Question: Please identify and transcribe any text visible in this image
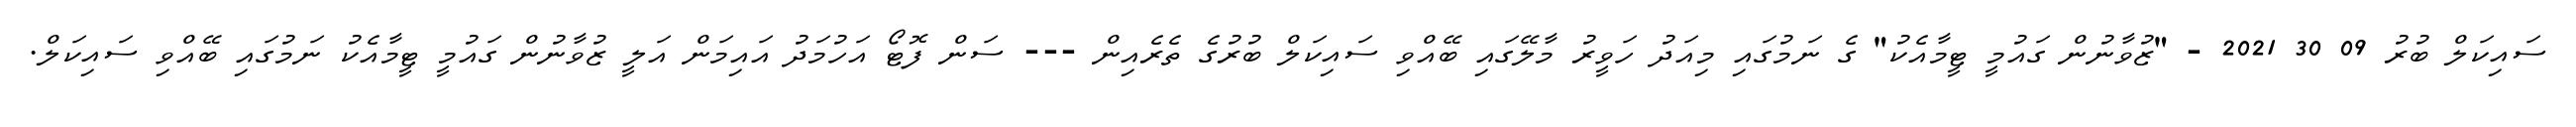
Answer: ސައިކަލް ބުރު 09 30 2021 - "ޒުވާނުން ގައުމީ ޓީމާއެކު" ގެ ނަމުގައި މިއަދު ހަވީރު މާލޭގައި ބޭއްވި ސައިކަލް ބުރުގެ ތެރެއިން --- ސަން ފޮޓޯ އަހުމަދު އައިމަން އަލީ ޒުވާނުން ގައުމީ ޓީމާއެކު ނަމުގައި ބޭއްވި ސައިކަލް.